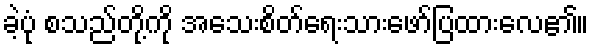
ခဲ့ပုံ စသည်တို့ကို အသေးစိတ်ရေးသားဖော်ပြထားလေ၏။